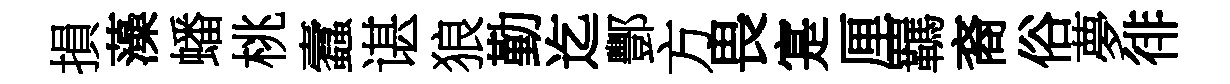
損藻蟠桃蠧谌狼勤迄酆方畏寔厘羈裔俗夢徘